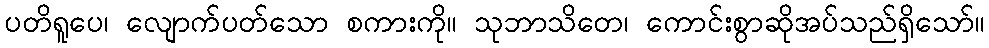
ပတိရူပေ၊ လျောက်ပတ်သော စကားကို။ သုဘာသိတေ၊ ကောင်းစွာဆိုအပ်သည်ရှိသော်။